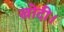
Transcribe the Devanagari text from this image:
खोदी।